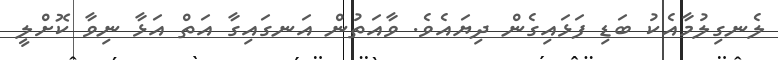
ލެނގިލުމާއެކު ބަޑި ފަޅައިގެން ދިޔައެވެ. ވާއަތުން އަނގައިގާ އަތް އަޅާ ނިވާ ކޮށްލީ